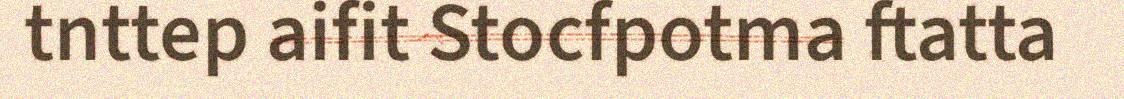
tnttep aifit Stocfpotma ftatta